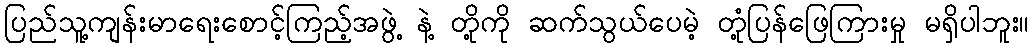
ပြည်သူ့ကျန်းမာရေးစောင့်ကြည့်အဖွဲ့ နဲ့ တို့ကို ဆက်သွယ်ပေမဲ့ တုံ့ပြန်ဖြေကြားမှု မရှိပါဘူး။